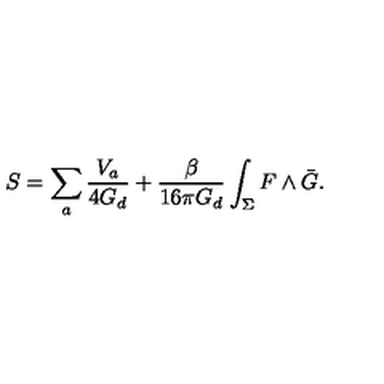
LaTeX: S = \sum _ { a } \frac { V _ { a } } { 4 G _ { d } } + \frac { \beta } { 1 6 \pi G _ { d } } \int _ { \Sigma } F \wedge \bar { G } .